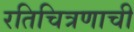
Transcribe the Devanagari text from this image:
रतिचित्रणाची